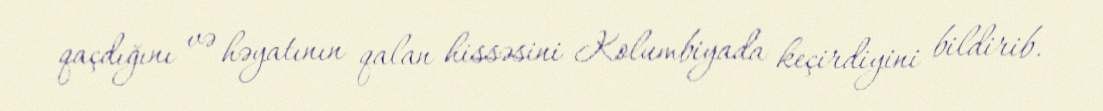
qaçdığını və həyatının qalan hissəsini Kolumbiyada keçirdiyini bildirib.